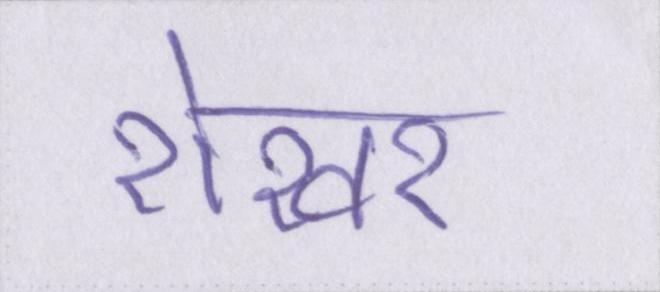
शेखर